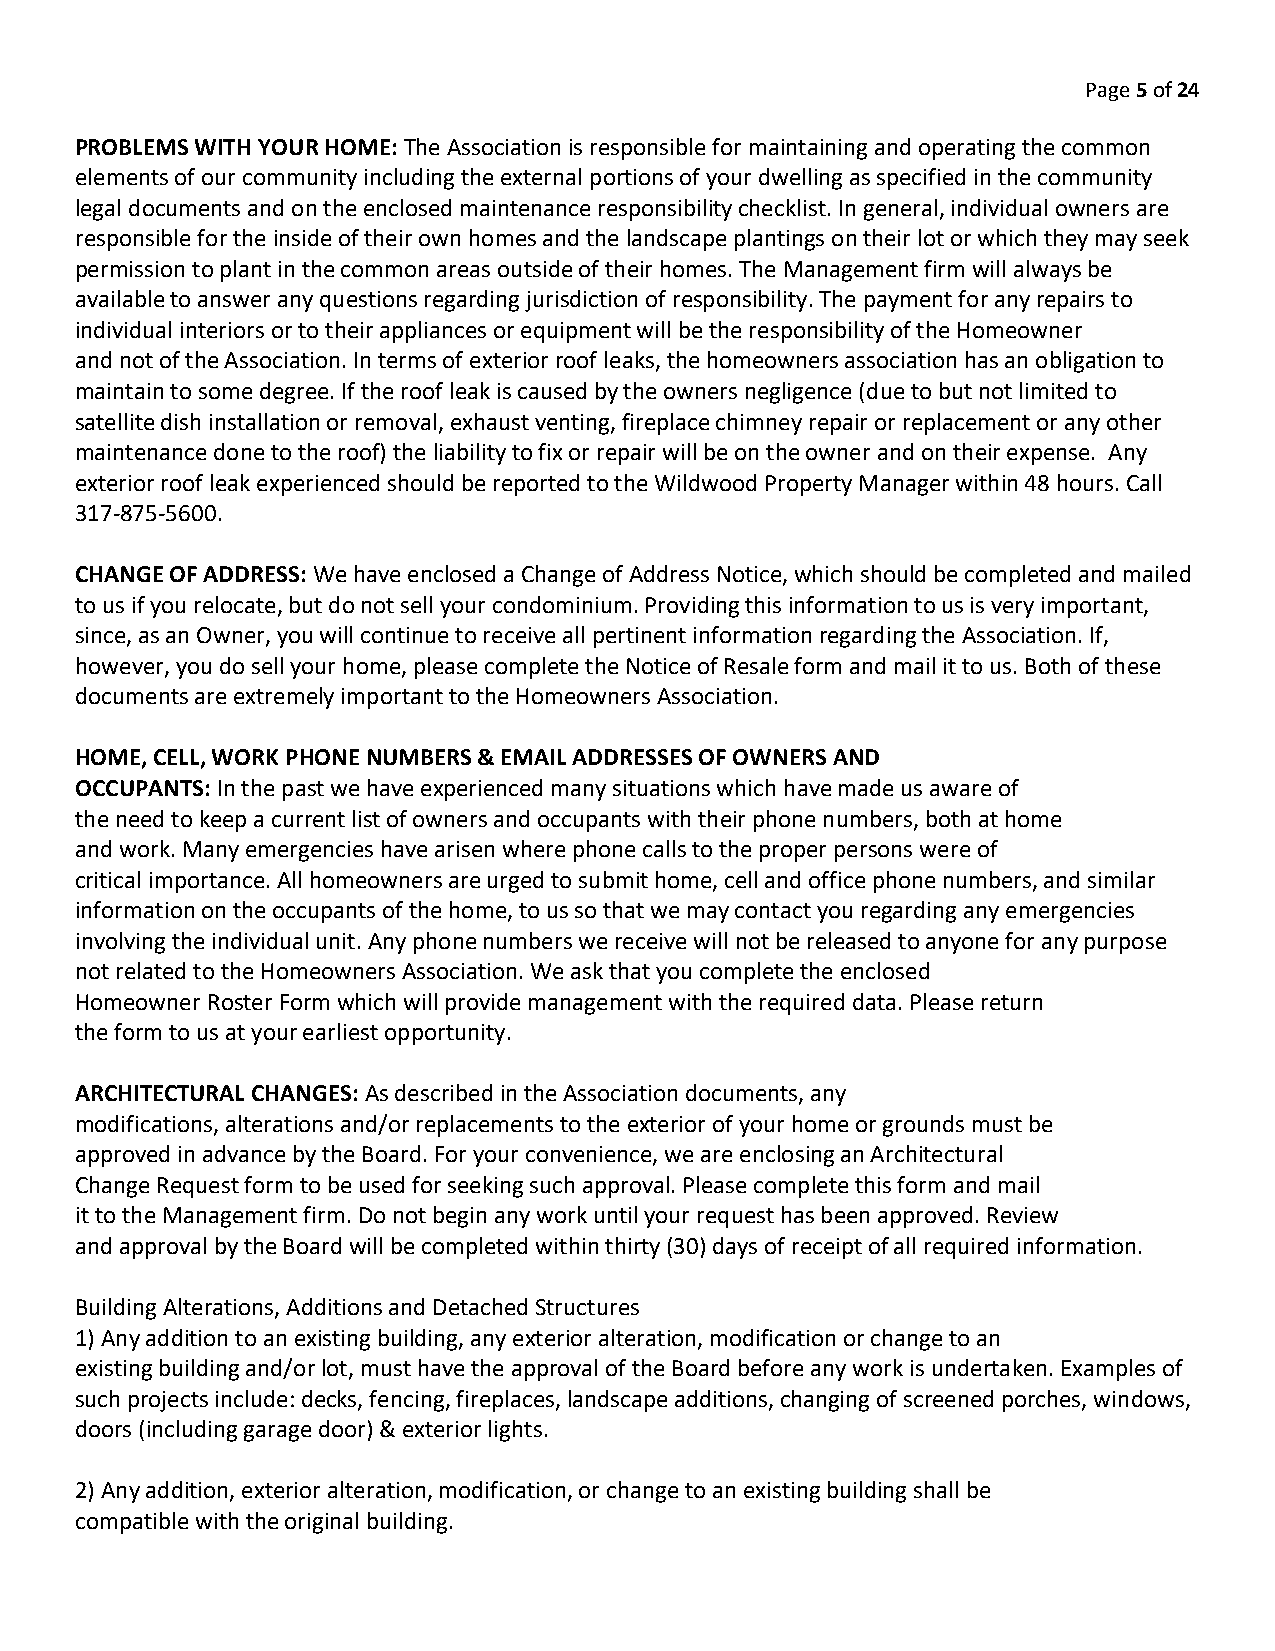
Page 5 of 24
 PROBLEMS WITH YOUR HOME: The Association is responsible for maintaining and operating the common
 elements of our community including the external portions of your dwelling as specified in the community
 legal documents and on the enclosed maintenance responsibility checklist. In general, individual owners are
 responsible for the inside of their own homes and the landscape plantings on their lot or which they may seek
 permission to plant in the common areas outside of their homes. The Management firm will always be
 available to answer any questions regarding jurisdiction of responsibility. The payment for any repairs to
 individual interiors or to their appliances or equipment will be the responsibility of the Homeowner
 and not of the Association. In terms of exterior roof leaks, the homeowners association has an obligation to
 maintain to some degree. If the roof leak is caused by the owners negligence (due to but not limited to
 satellite dish installation or removal, exhaust venting, fireplace chimney repair or replacement or any other
 maintenance done to the roof) the liability to fix or repair will be on the owner and on their expense. Any
 exterior roof leak experienced should be reported to the Wildwood Property Manager within 48 hours. Call
 317-875-5600.
 CHANGE OF ADDRESS: We have enclosed a Change of Address Notice, which should be completed and mailed
 to us if you relocate, but do not sell your condominium. Providing this information to us is very important,
 since, as an Owner, you will continue to receive all pertinent information regarding the Association. If,
 however, you do sell your home, please complete the Notice of Resale form and mail it to us. Both of these
 documents are extremely important to the Homeowners Association.
 HOME, CELL, WORK PHONE NUMBERS & EMAIL ADDRESSES OF OWNERS AND
 OCCUPANTS: In the past we have experienced many situations which have made us aware of
 the need to keep a current list of owners and occupants with their phone numbers, both at home
 and work. Many emergencies have arisen where phone calls to the proper persons were of
 critical importance. All homeowners are urged to submit home, cell and office phone numbers, and similar
 information on the occupants of the home, to us so that we may contact you regarding any emergencies
 involving the individual unit. Any phone numbers we receive will not be released to anyone for any purpose
 not related to the Homeowners Association. We ask that you complete the enclosed
 Homeowner Roster Form which will provide management with the required data. Please return
 the form to us at your earliest opportunity.
 ARCHITECTURAL CHANGES: As described in the Association documents, any
 modifications, alterations and/or replacements to the exterior of your home or grounds must be
 approved in advance by the Board. For your convenience, we are enclosing an Architectural
 Change Request form to be used for seeking such approval. Please complete this form and mail
 it to the Management firm. Do not begin any work until your request has been approved. Review
 and approval by the Board will be completed within thirty (30) days of receipt of all required information.
 Building Alterations, Additions and Detached Structures
 1) Any addition to an existing building, any exterior alteration, modification or change to an
 existing building and/or lot, must have the approval of the Board before any work is undertaken. Examples of
 such projects include: decks, fencing, fireplaces, landscape additions, changing of screened porches, windows,
 doors (including garage door) & exterior lights.
 2) Any addition, exterior alteration, modification, or change to an existing building shall be
 compatible with the original building.